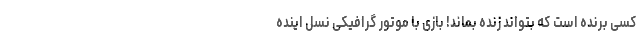
کسی برنده است که بتواند زنده بماند! بازی با موتور گرافیکی نسل اینده